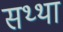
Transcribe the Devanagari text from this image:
सथ्था